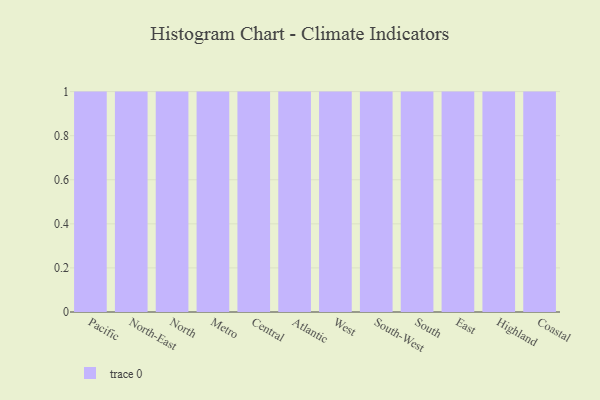
{"axis": {"x": "Region", "y": "LTV (USD)"}, "legend": [""], "data": [{"x": "Pacific", "y": 85, "type": ""}, {"x": "North-East", "y": 45, "type": ""}, {"x": "North", "y": 27, "type": ""}, {"x": "Metro", "y": 67, "type": ""}, {"x": "Central", "y": 68, "type": ""}, {"x": "Atlantic", "y": 48, "type": ""}, {"x": "West", "y": 42, "type": ""}, {"x": "South-West", "y": 47, "type": ""}, {"x": "South", "y": 91, "type": ""}, {"x": "East", "y": 79, "type": ""}, {"x": "Highland", "y": 95, "type": ""}, {"x": "Coastal", "y": 86, "type": ""}]}